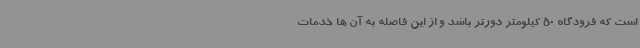
است که فرودگاه 50 کیلومتر دورتر باشد و از این فاصله به آن ها خدمات